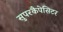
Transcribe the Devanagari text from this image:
सुपरकैपेसिटर